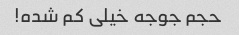
حجم جوجه خیلی کم شده!